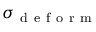
\sigma _ { \mathrm { ~ d ~ e ~ f ~ o ~ r ~ m ~ } }